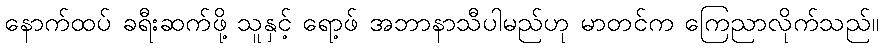
နောက်ထပ် ခရီးဆက်ဖို့ သူနှင့် ရော့ဖ် အဘာနာသီပါမည်ဟု မာတင်က ကြေညာလိုက်သည်။